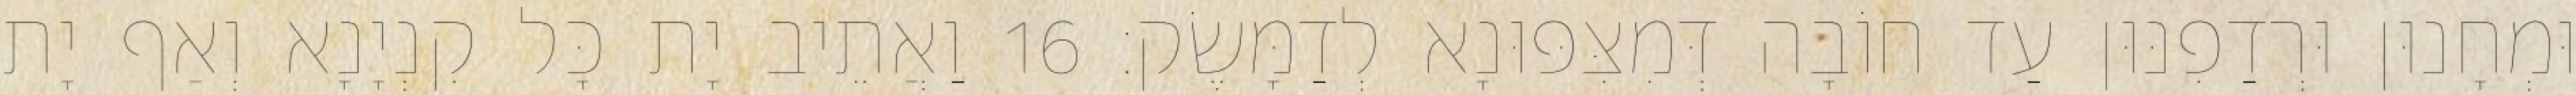
וּמְחָנוּן וּרְדַפִנּוּן עַד חוֹבָה דְּמִצִּפּוּנָא לְדַמָּשֶׂק׃ 16 וַאֲתֵיב יָת כָּל קִנְיָנָא וְאַף יָת